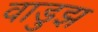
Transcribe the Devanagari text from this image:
वाडुझ